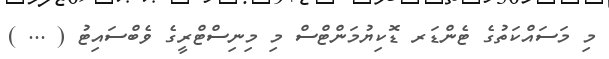
މި މަސައްކަތުގެ ޓެންޑަރ ޑޮކިޔުމަންޓްސް މި މިނިސްޓްރީގެ ވެބްސައިޓު ( ... )